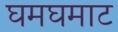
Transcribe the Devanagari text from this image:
घमघमाट